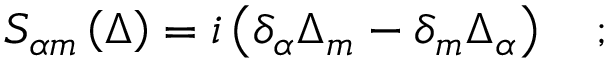
S _ { \alpha m } \left( \Delta \right) = i \left( \delta _ { \alpha } \Delta _ { m } - \delta _ { m } \Delta _ { \alpha } \right) \quad ;